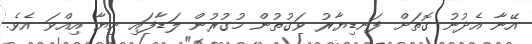
އޭނާ އެދުނު ގޮތަށް ފަނޑިޔާރު ވަގުތުން މުގުރުން ލަޑާފައި ނިޔާ އިއްވަ އެވެ.